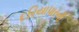
દરિયાપારની